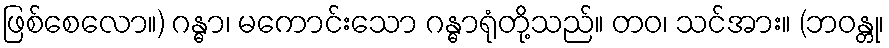
ဖြစ်စေလော။) ဂန္ဓာ၊ မကောင်းသော ဂန္ဓာရုံတို့သည်။ တဝ၊ သင်အား။ (ဘဝန္တု၊